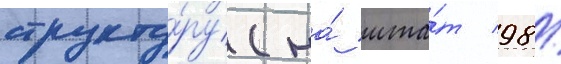
структу́ру (на́ шта́т 98/